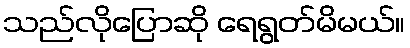
သည်လိုပြောဆို ရေရွတ်မိမယ်။